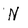
Character: N